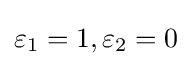
\varepsilon _{1}=1,\varepsilon _{2}=0